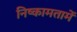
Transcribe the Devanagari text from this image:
निष्कामतामें